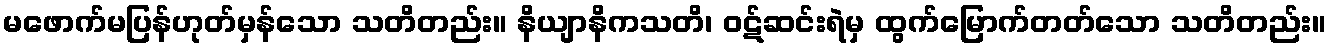
မဖောက်မပြန်ဟုတ်မှန်သော သတိတည်း။ နိယျာနိကသတိ၊ ဝဋ်ဆင်းရဲမှ ထွက်မြောက်တတ်သော သတိတည်း။